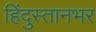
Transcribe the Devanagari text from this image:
हिंदुस्तानभर